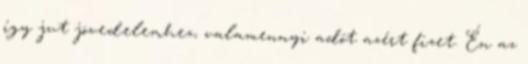
így jut jövedelemhez, valamennyi adót azért fizet. Én az